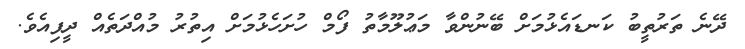
ދޭނެ ތަރުތީބު ކަނޑައެޅުމަށް ބޭނުންވާ މަޢުލޫމާތު ފޯމް ހުށަހެޅުމަށް އިތުރު މުއްދަތެއް ދީފިއެވެ.